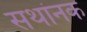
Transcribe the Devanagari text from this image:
सथांनक